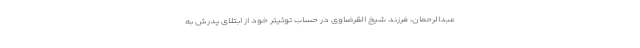
عبدالرحمان، فرزند شیخ القرضاوی در حساب توئیتر خود از ابتلای پدرش به